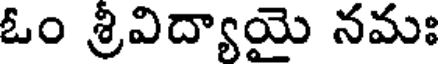
ఓం శ్రీవిద్యాయై నమః